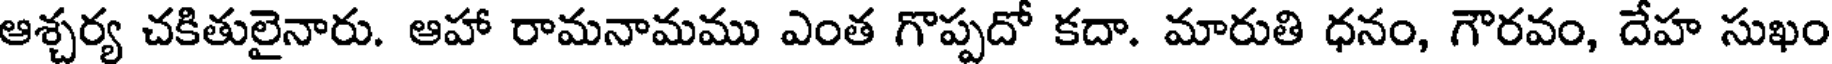
ఆశ్చర్య చకితులైనారు. ఆహా రామనామము ఎంత గొప్పదో కదా. మారుతి ధనం, గౌరవం, దేహ సుఖం